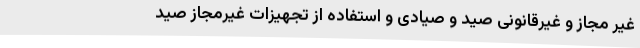
غیر مجاز و غیرقانونی صید و صیادی و استفاده از تجهیزات غیرمجاز صید